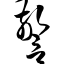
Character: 警